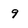
Character: 9